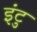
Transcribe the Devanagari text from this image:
इंटु